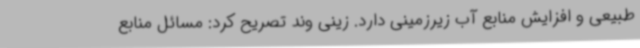
طبیعی و افزایش منابع آب زیرزمینی دارد. زینی وند تصریح کرد: مسائل منابع